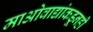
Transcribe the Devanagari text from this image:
माओवाद्यांकडूनही